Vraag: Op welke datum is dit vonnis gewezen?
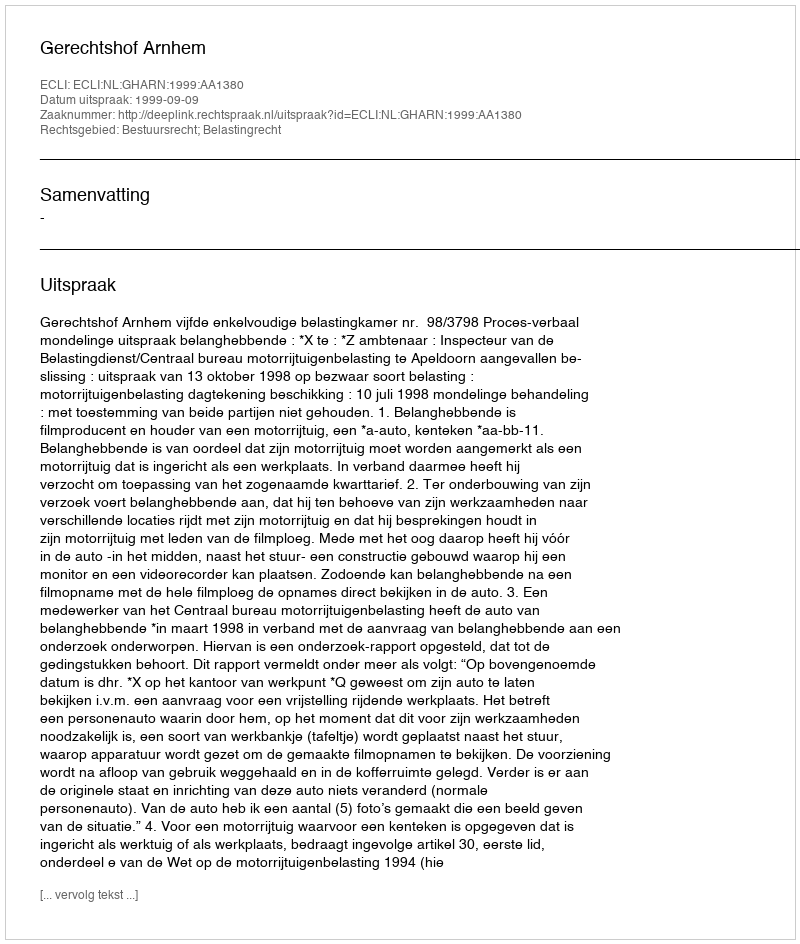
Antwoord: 1999-09-09